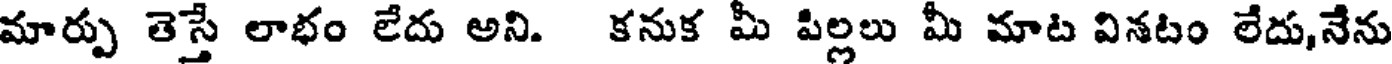
మార్పు తెస్తే లాభం లేదు అని. కనుక మీ పిల్లలు మీ మాట వినటం లేదు,నేను